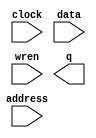
// megafunction wizard: %RAM: 1-PORT%VBB%
// GENERATION: STANDARD
// VERSION: WM1.0
// MODULE: altsyncram 

// ============================================================
// Megafunction Name(s):
// 			altsyncram
//
// Simulation Library Files(s):
// 			altera_mf
// ============================================================
// ************************************************************
// THIS IS A WIZARD-GENERATED FILE. DO NOT EDIT THIS FILE!
//
// 8.1 Build 163 10/28/2008 SJ Web Edition
// ************************************************************

//Copyright (C) 1991-2008 Altera Corporation
//Your use of Altera Corporation's design tools, logic functions 
//and other software and tools, and its AMPP partner logic 
//functions, and any output files from any of the foregoing 
//(including device programming or simulation files), and any 
//associated documentation or information are expressly subject 
//to the terms and conditions of the Altera Program License 
//Subscription Agreement, Altera MegaCore Function License 
//Agreement, or other applicable license agreement, including, 
//without limitation, that your use is for the sole purpose of 
//programming logic devices manufactured by Altera and sold by 
//Altera or its authorized distributors.  Please refer to the 
//applicable agreement for further details.

module ram_colortable (
	address,
	clock,
	data,
	wren,
	q);

	input	[4:0]  address;
	input	  clock;
	input	[23:0]  data;
	input	  wren;
	output	[23:0]  q;

endmodule

// ============================================================
// CNX file retrieval info
// ============================================================
// Retrieval info: PRIVATE: ADDRESSSTALL_A NUMERIC "0"
// Retrieval info: PRIVATE: AclrAddr NUMERIC "0"
// Retrieval info: PRIVATE: AclrByte NUMERIC "0"
// Retrieval info: PRIVATE: AclrData NUMERIC "0"
// Retrieval info: PRIVATE: AclrOutput NUMERIC "0"
// Retrieval info: PRIVATE: BYTE_ENABLE NUMERIC "0"
// Retrieval info: PRIVATE: BYTE_SIZE NUMERIC "8"
// Retrieval info: PRIVATE: BlankMemory NUMERIC "0"
// Retrieval info: PRIVATE: CLOCK_ENABLE_INPUT_A NUMERIC "0"
// Retrieval info: PRIVATE: CLOCK_ENABLE_OUTPUT_A NUMERIC "0"
// Retrieval info: PRIVATE: Clken NUMERIC "0"
// Retrieval info: PRIVATE: DataBusSeparated NUMERIC "1"
// Retrieval info: PRIVATE: IMPLEMENT_IN_LES NUMERIC "0"
// Retrieval info: PRIVATE: INIT_FILE_LAYOUT STRING "PORT_A"
// Retrieval info: PRIVATE: INIT_TO_SIM_X NUMERIC "0"
// Retrieval info: PRIVATE: INTENDED_DEVICE_FAMILY STRING "Cyclone II"
// Retrieval info: PRIVATE: JTAG_ENABLED NUMERIC "0"
// Retrieval info: PRIVATE: JTAG_ID STRING "NONE"
// Retrieval info: PRIVATE: MAXIMUM_DEPTH NUMERIC "0"
// Retrieval info: PRIVATE: MIFfilename STRING "colortable.mif"
// Retrieval info: PRIVATE: NUMWORDS_A NUMERIC "32"
// Retrieval info: PRIVATE: RAM_BLOCK_TYPE NUMERIC "0"
// Retrieval info: PRIVATE: READ_DURING_WRITE_MODE_PORT_A NUMERIC "3"
// Retrieval info: PRIVATE: RegAddr NUMERIC "1"
// Retrieval info: PRIVATE: RegData NUMERIC "1"
// Retrieval info: PRIVATE: RegOutput NUMERIC "0"
// Retrieval info: PRIVATE: SYNTH_WRAPPER_GEN_POSTFIX STRING "0"
// Retrieval info: PRIVATE: SingleClock NUMERIC "1"
// Retrieval info: PRIVATE: UseDQRAM NUMERIC "1"
// Retrieval info: PRIVATE: WRCONTROL_ACLR_A NUMERIC "0"
// Retrieval info: PRIVATE: WidthAddr NUMERIC "5"
// Retrieval info: PRIVATE: WidthData NUMERIC "24"
// Retrieval info: PRIVATE: rden NUMERIC "0"
// Retrieval info: CONSTANT: CLOCK_ENABLE_INPUT_A STRING "BYPASS"
// Retrieval info: CONSTANT: CLOCK_ENABLE_OUTPUT_A STRING "BYPASS"
// Retrieval info: CONSTANT: INIT_FILE STRING "colortable.mif"
// Retrieval info: CONSTANT: INTENDED_DEVICE_FAMILY STRING "Cyclone II"
// Retrieval info: CONSTANT: LPM_HINT STRING "ENABLE_RUNTIME_MOD=NO"
// Retrieval info: CONSTANT: LPM_TYPE STRING "altsyncram"
// Retrieval info: CONSTANT: NUMWORDS_A NUMERIC "32"
// Retrieval info: CONSTANT: OPERATION_MODE STRING "SINGLE_PORT"
// Retrieval info: CONSTANT: OUTDATA_ACLR_A STRING "NONE"
// Retrieval info: CONSTANT: OUTDATA_REG_A STRING "UNREGISTERED"
// Retrieval info: CONSTANT: POWER_UP_UNINITIALIZED STRING "FALSE"
// Retrieval info: CONSTANT: WIDTHAD_A NUMERIC "5"
// Retrieval info: CONSTANT: WIDTH_A NUMERIC "24"
// Retrieval info: CONSTANT: WIDTH_BYTEENA_A NUMERIC "1"
// Retrieval info: USED_PORT: address 0 0 5 0 INPUT NODEFVAL address[4..0]
// Retrieval info: USED_PORT: clock 0 0 0 0 INPUT NODEFVAL clock
// Retrieval info: USED_PORT: data 0 0 24 0 INPUT NODEFVAL data[23..0]
// Retrieval info: USED_PORT: q 0 0 24 0 OUTPUT NODEFVAL q[23..0]
// Retrieval info: USED_PORT: wren 0 0 0 0 INPUT NODEFVAL wren
// Retrieval info: CONNECT: @address_a 0 0 5 0 address 0 0 5 0
// Retrieval info: CONNECT: q 0 0 24 0 @q_a 0 0 24 0
// Retrieval info: CONNECT: @clock0 0 0 0 0 clock 0 0 0 0
// Retrieval info: CONNECT: @data_a 0 0 24 0 data 0 0 24 0
// Retrieval info: CONNECT: @wren_a 0 0 0 0 wren 0 0 0 0
// Retrieval info: LIBRARY: altera_mf altera_mf.altera_mf_components.all
// Retrieval info: GEN_FILE: TYPE_NORMAL ram_colortable.v TRUE
// Retrieval info: GEN_FILE: TYPE_NORMAL ram_colortable.inc FALSE
// Retrieval info: GEN_FILE: TYPE_NORMAL ram_colortable.cmp FALSE
// Retrieval info: GEN_FILE: TYPE_NORMAL ram_colortable.bsf TRUE
// Retrieval info: GEN_FILE: TYPE_NORMAL ram_colortable_inst.v FALSE
// Retrieval info: GEN_FILE: TYPE_NORMAL ram_colortable_bb.v TRUE
// Retrieval info: GEN_FILE: TYPE_NORMAL ram_colortable_waveforms.html TRUE
// Retrieval info: GEN_FILE: TYPE_NORMAL ram_colortable_wave*.jpg FALSE
// Retrieval info: LIB_FILE: altera_mf